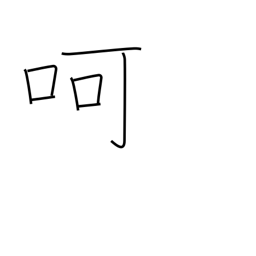
Meaning: blow on